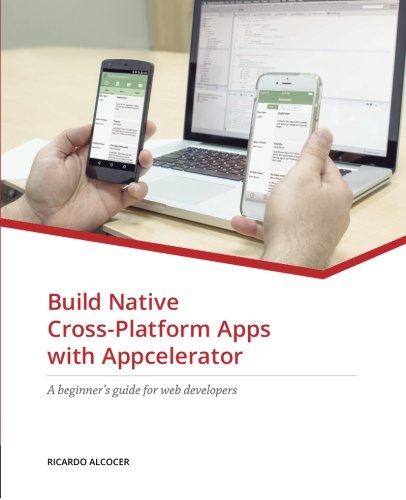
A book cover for Build Native Cross-Platform Apps with Appcelerator: A beginner's guide for Web Developers; Ricardo Alcocer; Computers & Technology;